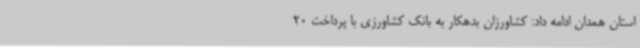
استان همدان ادامه داد: کشاورزان بدهکار به بانک کشاورزی با پرداخت 20